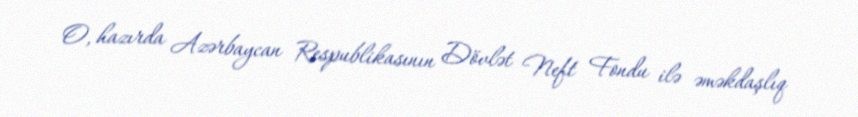
O, hazırda Azərbaycan Respublikasının Dövlət Neft Fondu ilə əməkdaşlıq